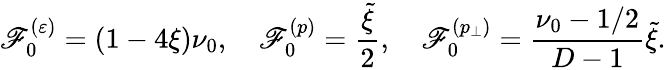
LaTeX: \mathscr{F}_{0}^{(\varepsilon)}=(1-4\xi)\nu_{0},\quad\mathscr{F}_{0}^{(p)}=\frac{{\tilde{{\xi}}}}{{2}},\quad\mathscr{F}_{0}^{(p_{\perp})}=\frac{{\nu_{0}-1/2}}{{D-1}}\tilde{{\xi}}.